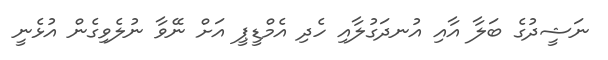
ނަޝީދުގެ ބަލާ އާއި އުނދަގުލާއި ހެދި އެމްޑީޕީ އަށް ނޭވާ ނުލެވިގެން އުޅެނީ